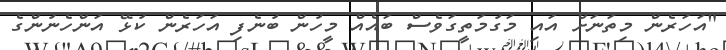
"އަހަރެން މިތަނަށް އައި މަގުމަތީގަވެސް ބައެއް މީހުން ބުނެފި އަހަރެން ކުޅޭ އަންހެނުންގެ